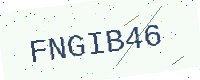
Text: FNGIB46